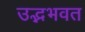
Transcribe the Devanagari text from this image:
उद्भभवत